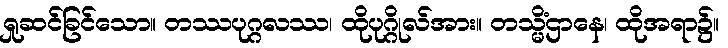
ရှုဆင်ခြင်သော။ တဿပုဂ္ဂလဿ၊ ထိုပုဂ္ဂိုလ်အား။ တသ္မိံဌာနေ၊ ထိုအရာ၌။